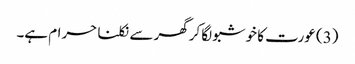
(3) عورت کا خوشبو لگا کرگھر سے نکلنا حرام ہے۔